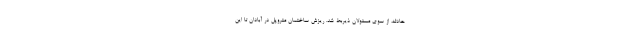
حادثه، از سوی مسئولان ذیربط شد. ریزش ساختمان متروپل در آبادان تا این